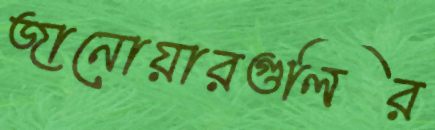
জানোয়ারগুলির